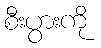
စီးပွားကို